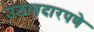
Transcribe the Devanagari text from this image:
उठावदारपणे